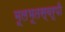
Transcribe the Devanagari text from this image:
मूलभूतस्वरूपी